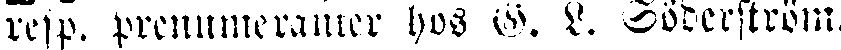
resp. prenumeranter hos G. L. Söderström.